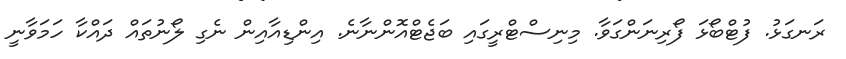
ރަނގަޅު. ފުޓްބޯޅަ ފޯރިނަންގަވާ. މިނިސްޓްރީގައި ބަޖެޓްއޮންނާނެ. އިންޑިއާއިން ނެގި ލޯނުތައް ދައްކާ ހަމަވާނީ